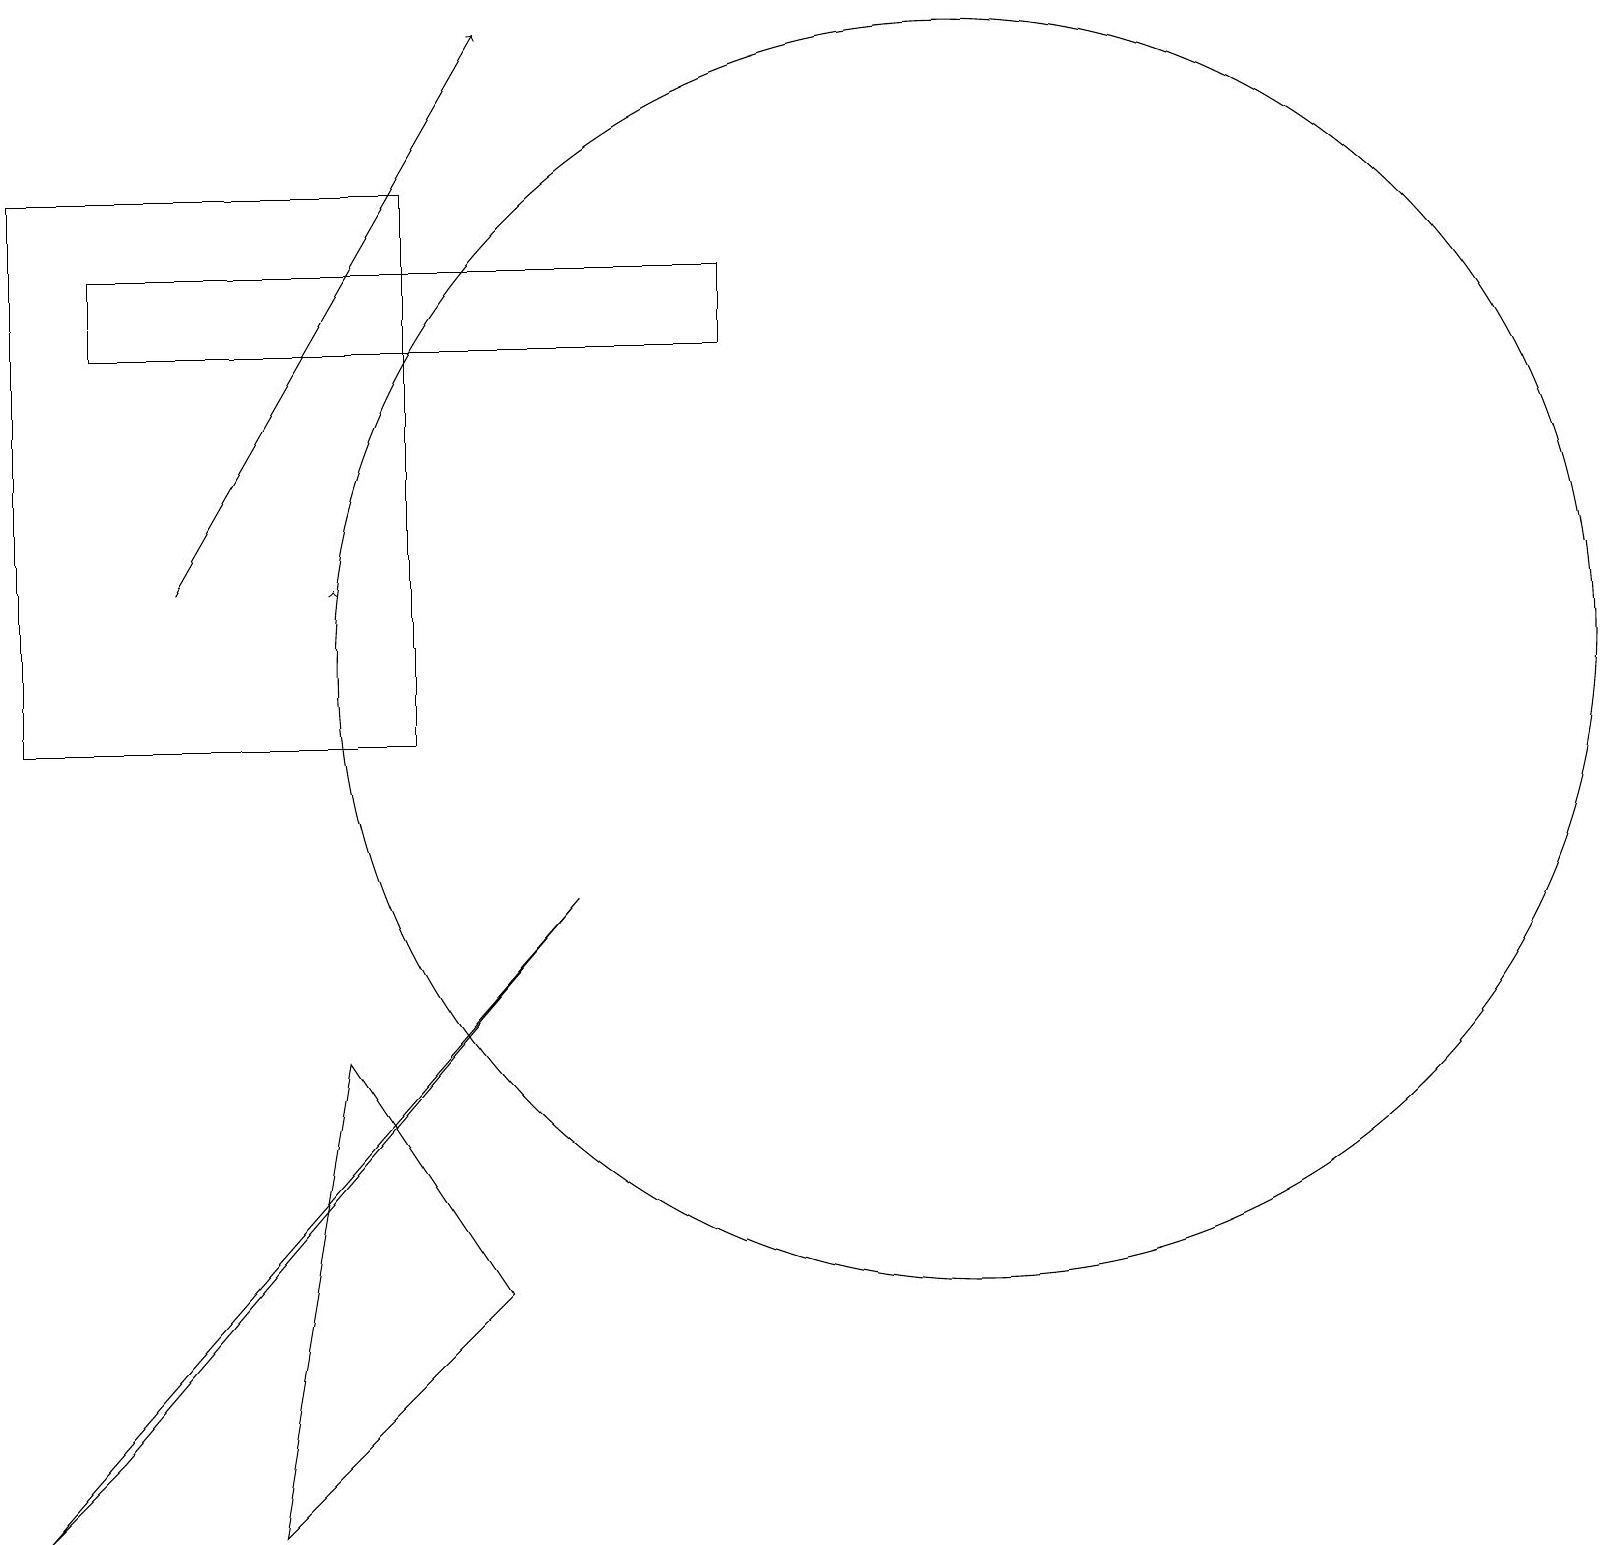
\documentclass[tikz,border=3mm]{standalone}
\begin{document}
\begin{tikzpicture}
\draw (11,10) circle (0);
\draw (3,0) -- (4,6) -- (6,3) -- cycle;
\draw (1,16) rectangle (9,15);
\draw (0,17) rectangle (5,10);
\draw (12,11) circle (8);
\draw (1,1) -- (0,0) -- (7,8) -- cycle;
\draw[->] (2,12) -- (6,19);
\draw[->] (4,12) -- (4,12);
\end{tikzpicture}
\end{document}